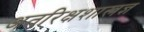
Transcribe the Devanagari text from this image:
अतरिक्षशास्त्रज्ञ